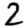
Digit: 2